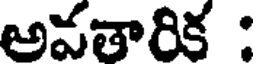
అవతారిక :